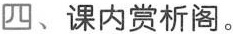
四、课内赏析阁。